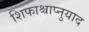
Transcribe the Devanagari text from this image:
शिफाश्चाप्नुयाद